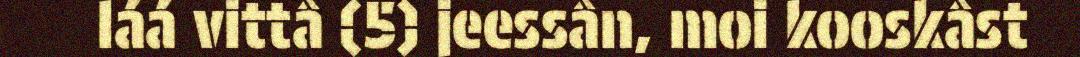
láá vittâ (5) jeessân, moi kooskâst